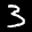
Label: 3